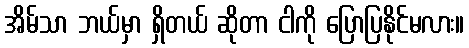
အိမ်သာ ဘယ်မှာ ရှိတယ် ဆိုတာ ငါကို ပြောပြနိုင်မလား။